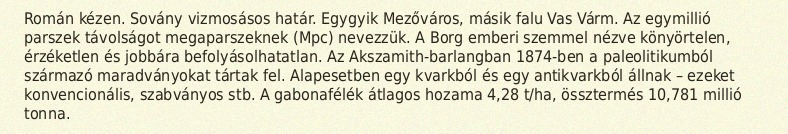
Román kézen. Sovány vizmosásos határ. Egygyik Mezőváros, másik falu Vas Várm. Az egymillió parszek távolságot megaparszeknek (Mpc) nevezzük. A Borg emberi szemmel nézve könyörtelen, érzéketlen és jobbára befolyásolhatatlan. Az Akszamith-barlangban 1874-ben a paleolitikumból származó maradványokat tártak fel. Alapesetben egy kvarkból és egy antikvarkból állnak – ezeket konvencionális, szabványos stb. A gabonafélék átlagos hozama 4,28 t/ha, össztermés 10,781 millió tonna.